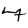
Digit: 7